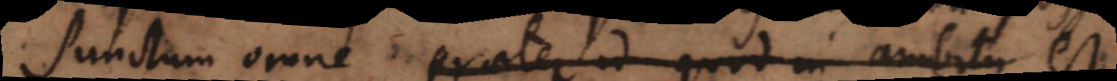
Punctum omne praeter id quod in ambitu est